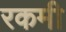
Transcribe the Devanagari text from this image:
रकमी